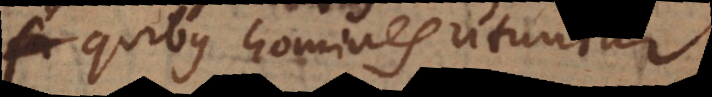
quibus homines utuntur